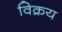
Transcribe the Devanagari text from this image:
विक्रय